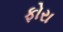
ફોરા